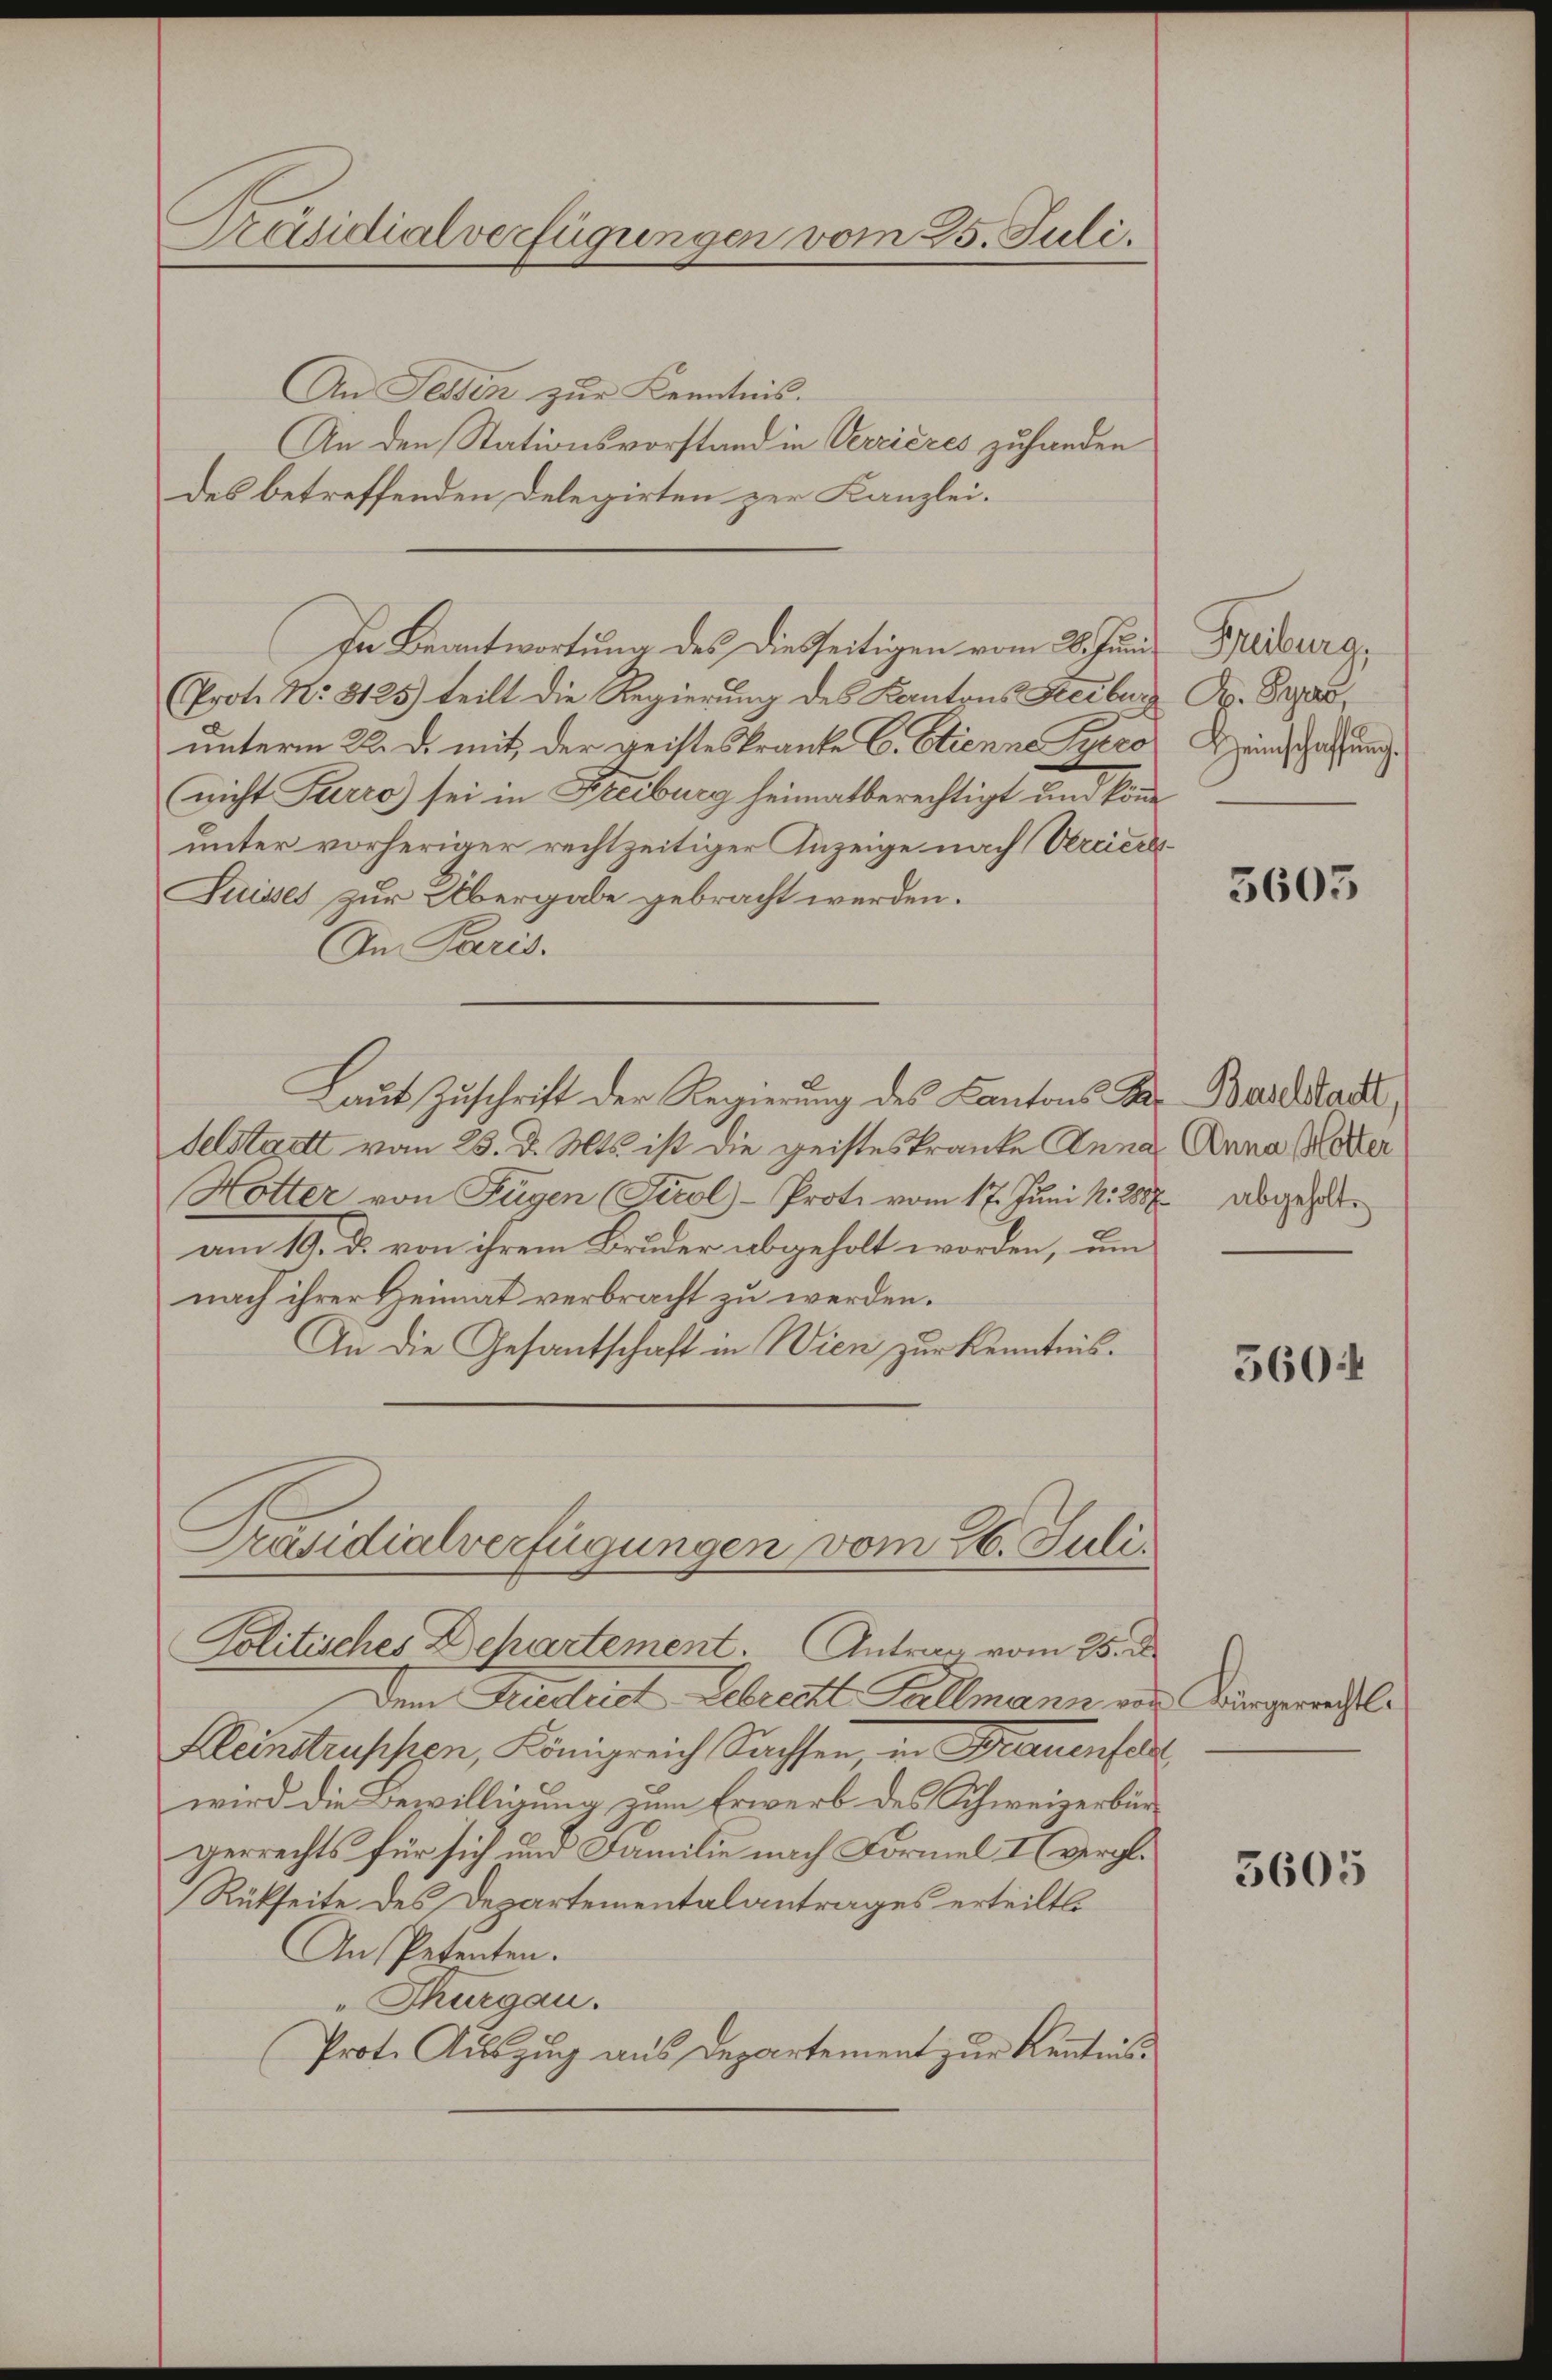
Präsidialverfügungen vom 25. Juli.

An Tessin zur Kenntnis.
An den Stationsvorstand in Verrieres zuhanden
des betreffenden Delegirten zur Kanzlei.
In Beantwortung des Diesseitigen vom 28. Juni
Prot. No 8125) teilt die Regierung des Kantons Freiburg A. Grad,
unterm 22. d. mit der geisteskranke C. Stienne Syero
nicht Furro) sei in Freiburg heimatberechtigt und könne
unter vorheriger rechtzeitiger Anzeige nach Vereiers¬
Suisses zur Übergabe gebracht werden.
An Paris.
Laut Zuschrift der Regierung des Kantons Fr. Baselstadt,
Selstatt vom 25. d. Mts. ist die geistes Kranke Anna Anna Meter
Hötter von Fügen (Tirol-Prote vom 17. Juni N. 2887 abgezoam 10. d. von ihrem Bruder abgeholt worden, um
nach ihrer Heimat verbracht zu werden.
An die Gesantschaft in Wien zur Kenntnis¬
Präsidialverfügungen vom 26. Juli.
Politisches Behartement. Antrag vom 25. d.
Dem Riedrid Gebrecht Kellmann aus Bürgerichtl.
Kleinstruppen, Königreich Sachsen, in Frauenfe
wird die Bewilligung zum Erwerb des Schweizerbürgerrechts für sich und Familie nach Formel I (vergl.
Rückseite des Departementalantrages erteilt.
An Petenten.
"Thurgau.
Prote Auszug aus Departement zur Kenntnis¬

Freiburg,
Heimschaffŭng.

5605

560

3605